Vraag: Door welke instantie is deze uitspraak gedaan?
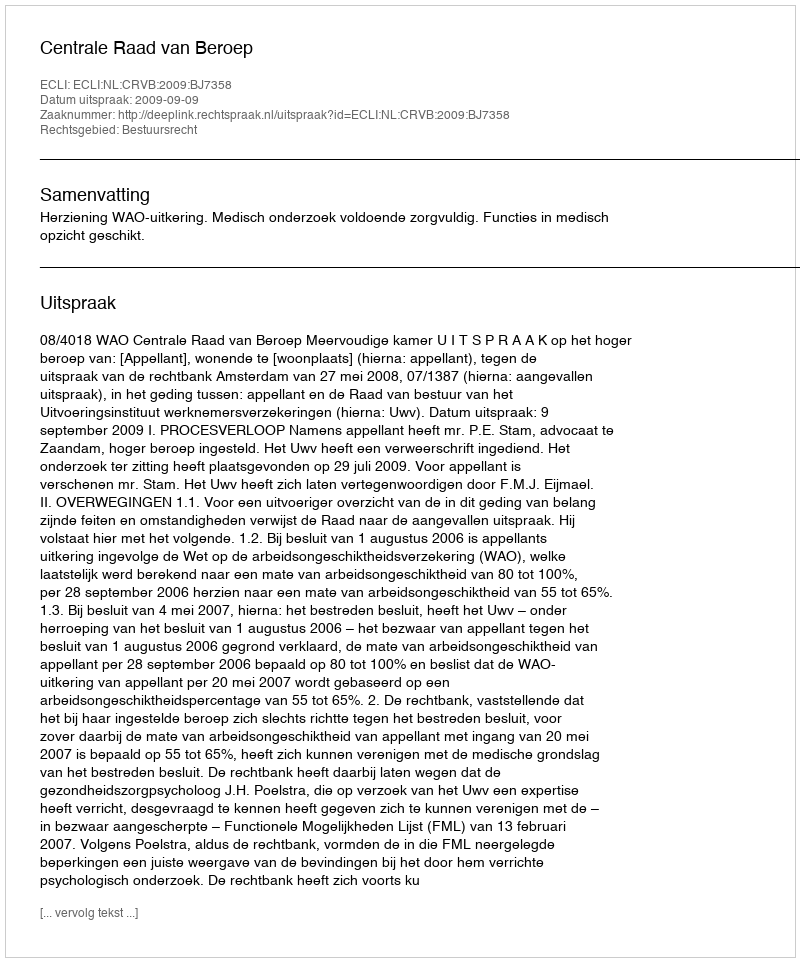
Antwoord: Centrale Raad van Beroep